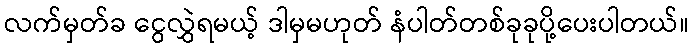
လက်မှတ်ခ ငွေလွှဲရမယ့် ဒါမှမဟုတ် နံပါတ်တစ်ခုခုပို့ပေးပါတယ်။